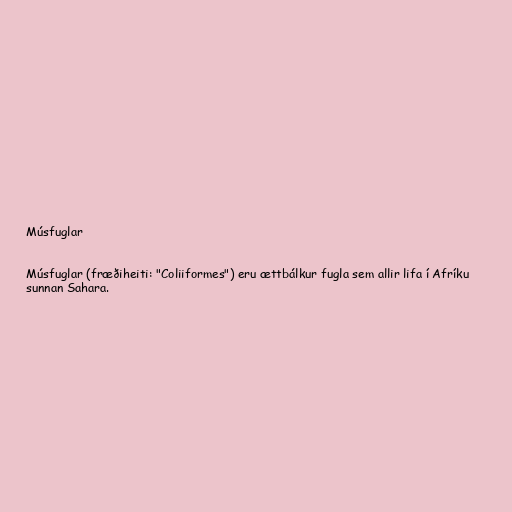
Músfuglar

Músfuglar (fræðiheiti: "Coliiformes") eru ættbálkur fugla sem allir lifa í Afríku
sunnan Sahara.